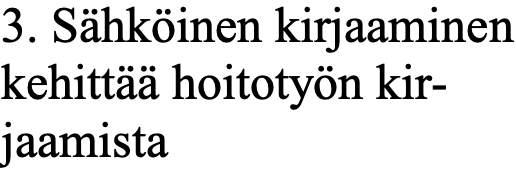
3. Sähköinen kirjaaminen kehittää hoitotyön kir- jaamista